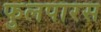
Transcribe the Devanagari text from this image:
फुलपारस